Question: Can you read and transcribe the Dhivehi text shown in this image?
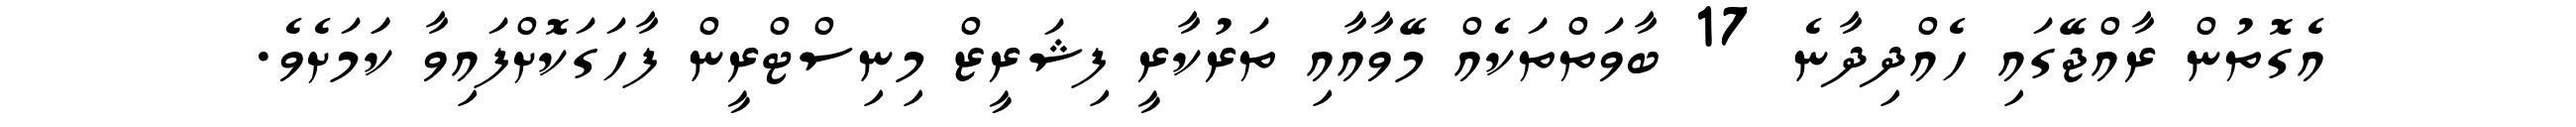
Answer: އެގޮތުން ރާއްޖޭގައި ހެއްދިދާނެ 17 ބާވަތްތަކެއް މޭވާއާއި ތަރުކާރީ ފިޝަރީޒް މިނިސްޓްރީން ފާހަގަކޮށްފައިވާ ކަަމަށެވެ.